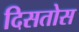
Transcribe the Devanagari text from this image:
दिसतोस